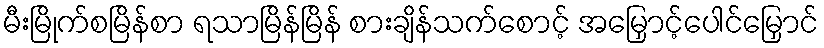
မီးမြိုက်စမြိန်စာ ရသာမြိန်မြိန် စားချိန်သက်စောင့် အမြှောင့်ပေါင်မြှောင်